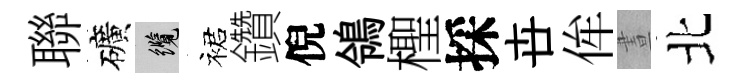
聯礦纜裙鑽倪鴒檉採卋侔晝北